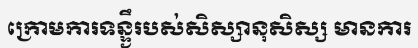
ក្រោមការទន្ទ្ងឹរបស់សិស្សានុសិស្ស មានការ